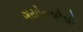
ગયોનશીલી